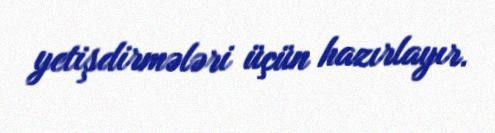
yetişdirmələri üçün hazırlayır.